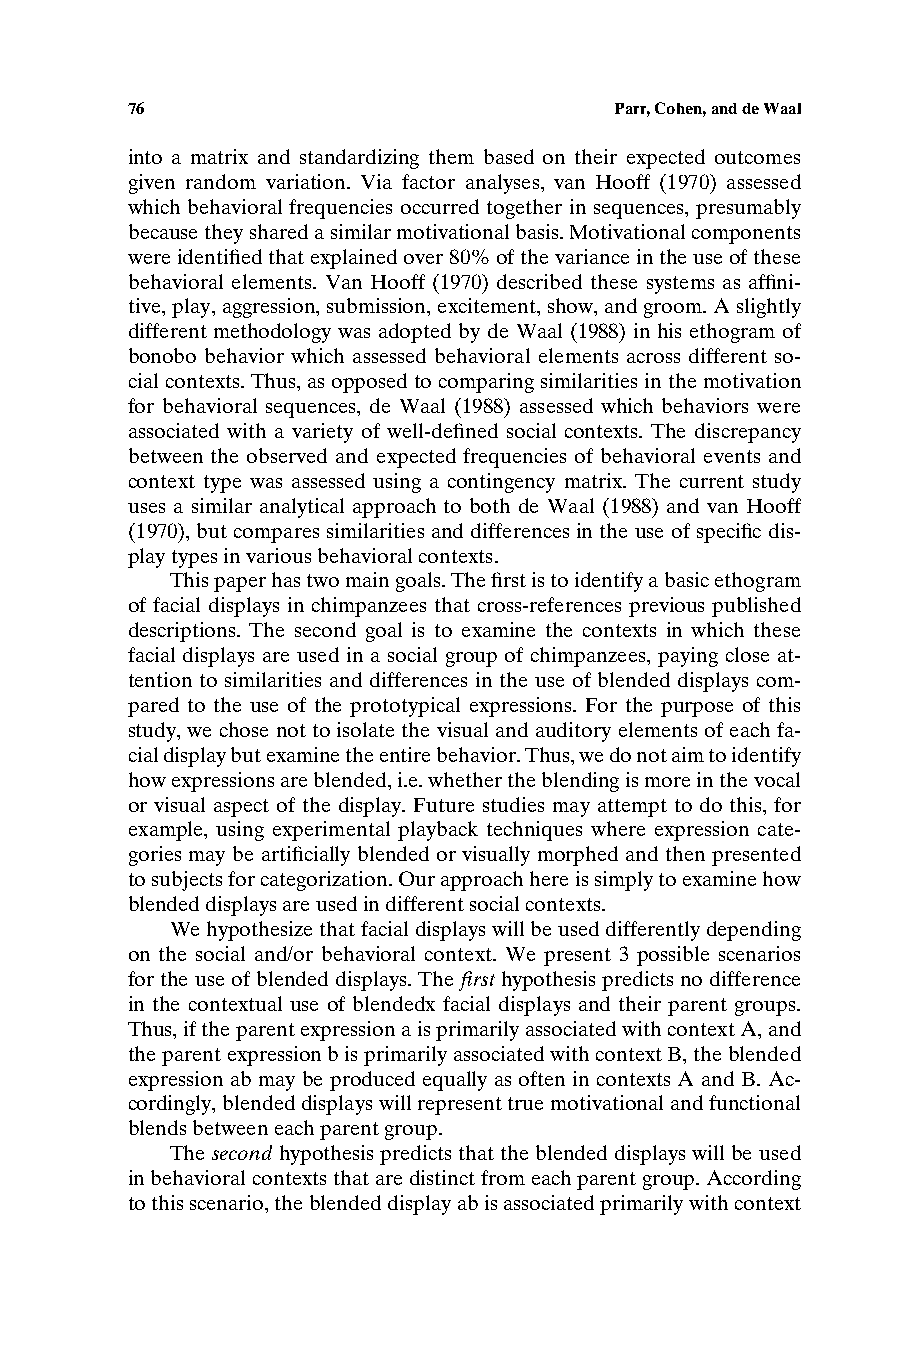
76                               Parr,Cohen,anddeWaal
 into a matrix and standardizing them based on their expected outcomes
 given random variation. Via factor analyses, van Hooff (1970) assessed
 which behavioral frequencies occurred together in sequences, presumably
 becausetheysharedasimilarmotivationalbasis.Motivationalcomponents
 wereidentifiedthatexplainedover80%ofthevarianceintheuseofthese
 behavioral elements. Van Hooff (1970) described these systems as affini-
 tive,play,aggression,submission,excitement,show,andgroom.Aslightly
 different methodology was adopted by de Waal (1988) in his ethogram of
 bonobo behavior which assessed behavioral elements across different so-
 cialcontexts.Thus,asopposedtocomparingsimilaritiesinthemotivation
 for behavioral sequences, de Waal (1988) assessed which behaviors were
 associated with a variety of well-defined social contexts. The discrepancy
 between the observed and expected frequencies of behavioral events and
 context type was assessed using a contingency matrix. The current study
 uses a similar analytical approach to both de Waal (1988) and van Hooff
 (1970), but compares similarities and differences in the use of specific dis-
 playtypesinvariousbehavioralcontexts.
 Thispaperhastwomaingoals.Thefirstistoidentifyabasicethogram
 of facial displays in chimpanzees that cross-references previous published
 descriptions. The second goal is to examine the contexts in which these
 facial displays are used in a social group of chimpanzees, paying close at-
 tention to similarities and differences in the use of blended displays com-
 pared to the use of the prototypical expressions. For the purpose of this
 study,wechosenottoisolatethevisualandauditoryelementsofeachfa-
 cialdisplaybutexaminetheentirebehavior.Thus,wedonotaimtoidentify
 howexpressionsareblended,i.e.whethertheblendingismoreinthevocal
 or visual aspect of the display. Future studies may attempt to do this, for
 example, using experimental playback techniques where expression cate-
 gories may be artificially blended or visually morphed and then presented
 tosubjectsforcategorization.Ourapproachhereissimplytoexaminehow
 blendeddisplaysareusedindifferentsocialcontexts.
 Wehypothesizethatfacialdisplayswillbeuseddifferentlydepending
 on the social and/or behavioral context. We present 3 possible scenarios
 for theuse of blended displays.The firsthypothesis predicts no difference
 in the contextual use of blendedx facial displays and their parent groups.
 Thus,iftheparentexpressionaisprimarilyassociatedwithcontextA,and
 theparentexpressionbisprimarilyassociatedwithcontextB,theblended
 expression ab may be produced equally as often in contexts A and B.Ac-
 cordingly,blendeddisplayswillrepresenttruemotivationalandfunctional
 blendsbetweeneachparentgroup.
 The second hypothesis predicts thattheblended displays willbeused
 inbehavioralcontextsthataredistinctfromeachparentgroup.According
 tothisscenario,theblendeddisplayabisassociatedprimarilywithcontext